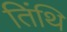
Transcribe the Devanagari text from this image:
तिंथि